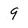
Character: 9